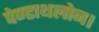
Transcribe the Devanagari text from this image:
पेण्टाथलोन।